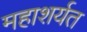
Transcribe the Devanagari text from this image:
महाशर्यत